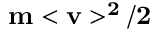
\mathbf { m < v > ^ { 2 } / 2 }